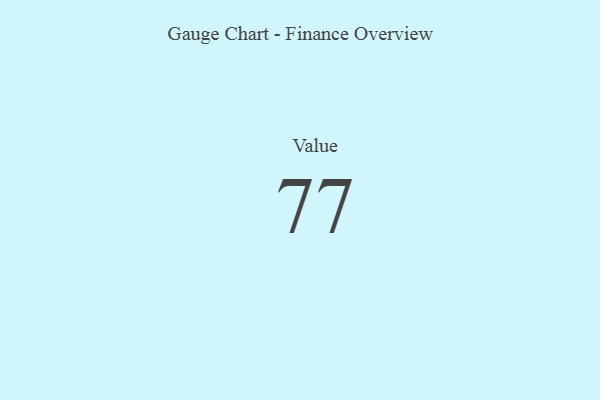
{"axis": {"x": "Metric", "y": "Value"}, "legend": [""], "data": [{"x": "Value", "y": 77, "type": ""}]}